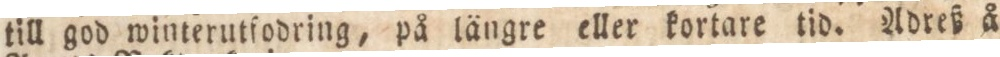
till god winterutfodring, på längre eller kortare tid. Adreß å